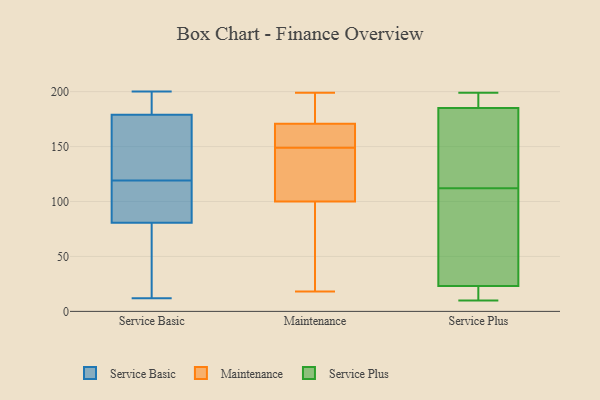
{"axis": {"x": "LTV (USD)", "y": "Value"}, "legend": ["Maintenance", "Service Basic", "Service Plus"], "data": [{"x": "", "y": 188, "type": "Service Basic"}, {"x": "", "y": 116, "type": "Service Basic"}, {"x": "", "y": 83, "type": "Service Basic"}, {"x": "", "y": 119, "type": "Service Basic"}, {"x": "", "y": 197, "type": "Service Basic"}, {"x": "", "y": 176, "type": "Service Basic"}, {"x": "", "y": 74, "type": "Service Basic"}, {"x": "", "y": 12, "type": "Service Basic"}, {"x": "", "y": 86, "type": "Service Basic"}, {"x": "", "y": 125, "type": "Service Basic"}, {"x": "", "y": 149, "type": "Service Basic"}, {"x": "", "y": 42, "type": "Service Basic"}, {"x": "", "y": 196, "type": "Service Basic"}, {"x": "", "y": 173, "type": "Service Basic"}, {"x": "", "y": 200, "type": "Service Basic"}, {"x": "", "y": 91, "type": "Service Basic"}, {"x": "", "y": 42, "type": "Service Basic"}, {"x": "", "y": 103, "type": "Maintenance"}, {"x": "", "y": 151, "type": "Maintenance"}, {"x": "", "y": 175, "type": "Maintenance"}, {"x": "", "y": 175, "type": "Maintenance"}, {"x": "", "y": 172, "type": "Maintenance"}, {"x": "", "y": 99, "type": "Maintenance"}, {"x": "", "y": 53, "type": "Maintenance"}, {"x": "", "y": 18, "type": "Maintenance"}, {"x": "", "y": 149, "type": "Maintenance"}, {"x": "", "y": 149, "type": "Maintenance"}, {"x": "", "y": 149, "type": "Maintenance"}, {"x": "", "y": 83, "type": "Maintenance"}, {"x": "", "y": 199, "type": "Maintenance"}, {"x": "", "y": 139, "type": "Maintenance"}, {"x": "", "y": 167, "type": "Maintenance"}, {"x": "", "y": 10, "type": "Service Plus"}, {"x": "", "y": 175, "type": "Service Plus"}, {"x": "", "y": 197, "type": "Service Plus"}, {"x": "", "y": 10, "type": "Service Plus"}, {"x": "", "y": 123, "type": "Service Plus"}, {"x": "", "y": 199, "type": "Service Plus"}, {"x": "", "y": 98, "type": "Service Plus"}, {"x": "", "y": 23, "type": "Service Plus"}, {"x": "", "y": 101, "type": "Service Plus"}, {"x": "", "y": 11, "type": "Service Plus"}, {"x": "", "y": 63, "type": "Service Plus"}, {"x": "", "y": 185, "type": "Service Plus"}, {"x": "", "y": 130, "type": "Service Plus"}, {"x": "", "y": 198, "type": "Service Plus"}]}